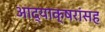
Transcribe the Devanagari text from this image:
आद्याक्षरांसह